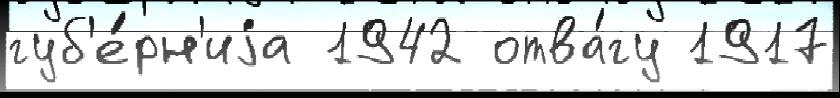
губ'е́рн'иjа 1942 отва́гу 1917